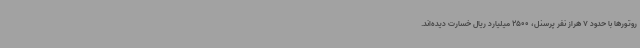
روتورها با حدود 7 هراز نفر پرسنل، 2500 میلیارد ریال خسارت دیده‌اند.